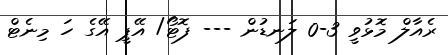
ރެއާލް މޮޅުވީ 3-0 ލަނޑުން --- ފޮޓޯ/ އޭޕީ އޭގެ ހަ މިނެޓް